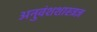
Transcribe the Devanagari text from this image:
अनुवंशशास्त्रज्ञ